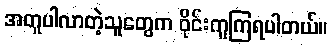
အတူပါလာတဲ့သူတွေက ဝိုင်းကူကြရပါတယ်။